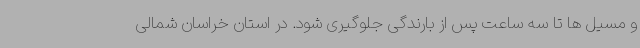
و مسیل ها تا سه ساعت پس از بارندگی جلوگیری شود. در استان خراسان شمالی